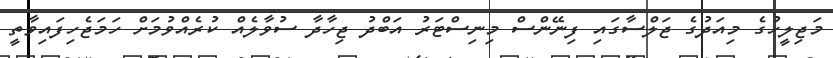
މަޖިލީހުގެ މިއަދުގެ ޖަލްސާގައި ފިނޭންސް މިނިސްޓަރު އަބްދު ޖިހާދާ ސުވާލެއް ކުރެއްވުމަށް ހަމަޖެހިފައިވާތީ